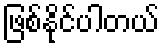
ဖြစ်နိုင်ပါတယ်